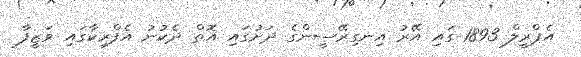
އެޕްރީލް 1893 ގައި އޭރު އިނގިރޭސީންގެ ދަށުގައި އޮތް ދެކުނު އެފްރިކާގައި ވަޒީފާ